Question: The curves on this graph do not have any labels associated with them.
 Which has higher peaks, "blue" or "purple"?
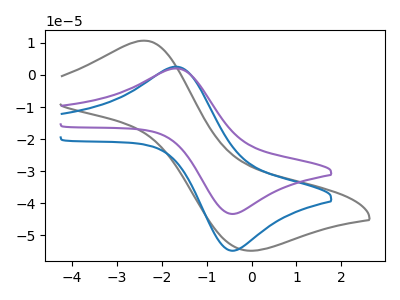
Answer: <think>The gray curve "gray" has an anodic peak at (-2.40V, 10.70uA) and a cathodic peak at (-0.10V, -54.75uA). The blue curve "blue" has an anodic peak at (-1.65V, 2.55uA) and a cathodic peak at (-0.45V, -54.80uA). The purple curve "purple" has an anodic peak at (-1.65V, 2.05uA) and a cathodic peak at (-0.45V, -43.35uA).</think>
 <answer>Every peak in "blue" is higher than every peak in "purple".</answer>
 <eval>higher</eval>